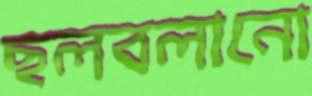
ছলবলানো